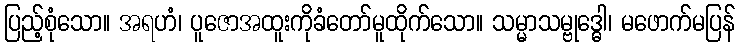
ပြည့်စုံသော။ အရဟံ၊ ပူဇောအထူးကိုခံတော်မူထိုက်သော။ သမ္မာသမ္ဗုဒ္ဓေါ၊ မဖောက်မပြန်